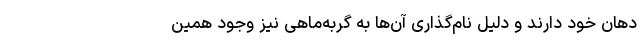
دهان خود دارند و دلیل نام‌گذاری آن‌ها به گربه‌ماهی نیز وجود همین